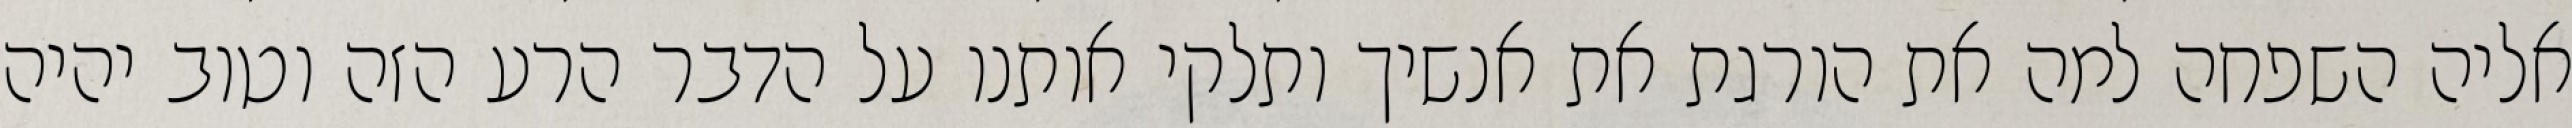
אליה השפחה למה את הורגת את אנשיך ותלקי אותנו על הדבר הרע הזה וטוב יהיה